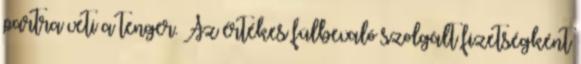
partra veti a tenger. Az értékes fülbevaló szolgált fizetségként